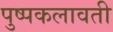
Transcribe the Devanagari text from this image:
पुष्पकलावती